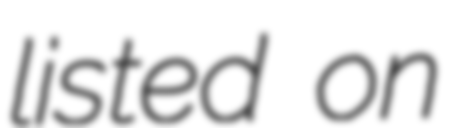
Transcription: listed on